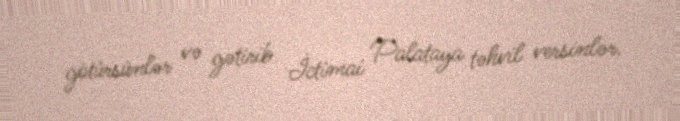
götürsünlər və gətirib İctimai Palataya təhvil versinlər.